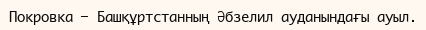
Покровка – Башқұртстанның Әбзелил ауданындағы ауыл.